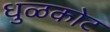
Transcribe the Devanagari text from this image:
धुळकोट